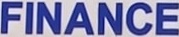
FINANCE